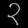
Digit: ၃